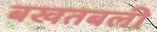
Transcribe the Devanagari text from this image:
बखतबली